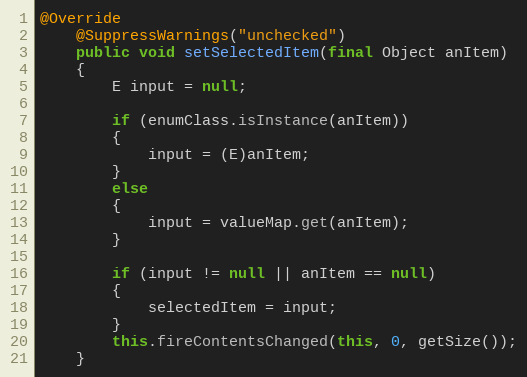
Language: Java
@Override
	@SuppressWarnings("unchecked")
	public void setSelectedItem(final Object anItem)
	{
		E input = null;

		if (enumClass.isInstance(anItem))
		{
			input = (E)anItem;
		}
		else
		{
			input = valueMap.get(anItem);
		}

		if (input != null || anItem == null)
		{
			selectedItem = input;
		}
		this.fireContentsChanged(this, 0, getSize());
	}